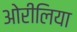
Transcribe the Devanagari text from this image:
ओरीलिया